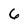
Character: 6